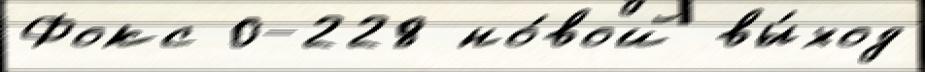
Фокс 0-228 но́вой вы́ход